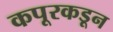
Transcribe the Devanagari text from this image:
कपूरकडून